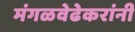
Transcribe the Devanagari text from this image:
मंगळवेढेकरांनी